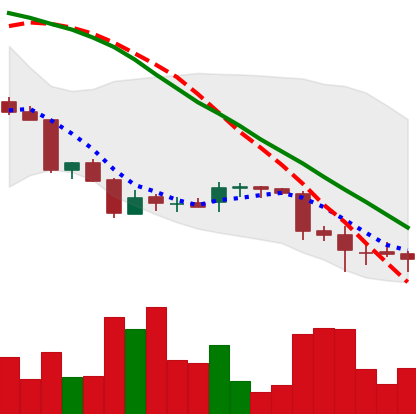
Ticker: DOGE-USD
Chart end date: 2018-06-27
Forward return: 10.915%
Label: up_7plus